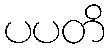
ပပတိ